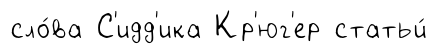
сло́ва С'идд'ика Кр'юг'ер статьи́